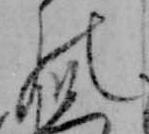
の